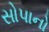
સોપાનો